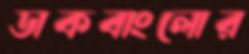
ডাকবাংলোর